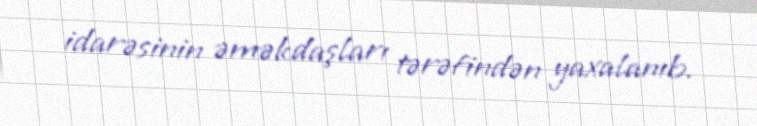
idarəsinin əməkdaşları tərəfindən yaxalanıb.